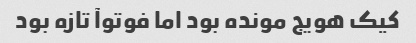
کیک هویج مونده بود اما فوتوآ تازه بود